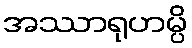
အဿာရုဟမ္ပိ